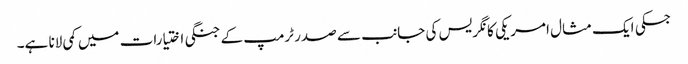
جسکی ایک مثال امریکی کانگریس کی جانب سے صدر ٹرمپ کے جنگی اختیارات میں کمی لانا ہے۔